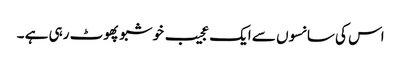
اس کی سانسوں سے ایک عجیب خوشبو پھوٹ رہی ہے ۔